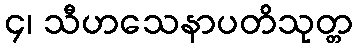
၄၊ သီဟသေနာပတိသုတ္တ